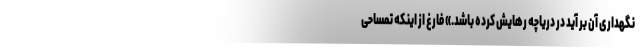
نگهداری آن بر آید در دریاچه رهایش کرده باشد.» فارغ از اینکه تمساحی